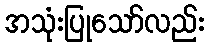
အသုံးပြုသော်လည်း